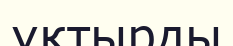
ұқтырды